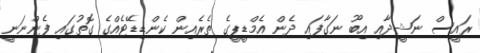
ރައީސް ނަޝީދާއި އިބޫ ނަގާފައި ދެން އެމްޑީޕީގެ ތެރެއިން ކެންޑިޑޭޓެއްގެ ގޮތުގައި ފެންނަނީ